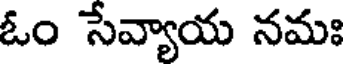
ఓం సేవ్యాయ నమః